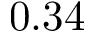
0 . 3 4